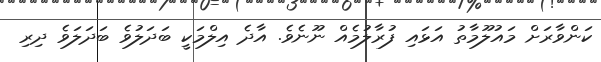
ކަންވާރަށް މައުލޫމާތު އަޅައި ފުރާލުމެއް ނޫނެވެ. އާދެ އިލްމަކީ ބަދަލުވެ ބަދަލަވެ ދިރި